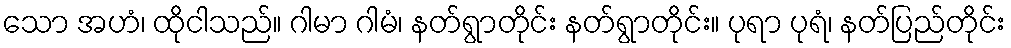
သော အဟံ၊ ထိုငါသည်။ ဂါမာ ဂါမံ၊ နတ်ရွာတိုင်း နတ်ရွာတိုင်း။ ပုရာ ပုရံ၊ နတ်ပြည်တိုင်း